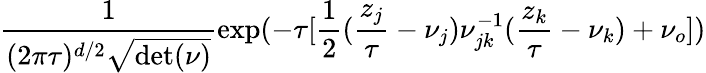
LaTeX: {\frac{1}{(2\pi\tau)^{d/2}\sqrt{\mathrm{det}(\nu)}}}\mathrm{exp}(-\tau[{\frac{1}{2}}({\frac{z_{j}}{\tau}}-\nu_{j})\nu_{jk}^{-1}({\frac{z_{k}}{\tau}}-\nu_{k})+\nu_{o}])